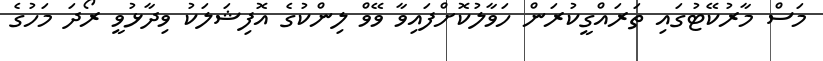
މަސް މާރުކޭޓުގައި ތަރައްގީކުރަން ހަވާލުކޮށްފައިވާ ވޭވް ލިންކުގެ އޮފިޝަލަކު ވިދާޅުވީ ރޯދަ މަހުގެ